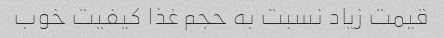
قیمت زیاد نسبت به حجم غذا کیفیت خوب